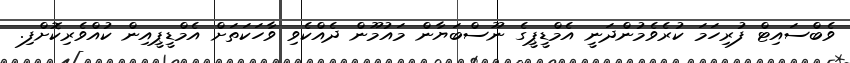
ވެބްސައިޓް ފުރިހަމަ ކުރެވެމުންދަނީ އެމްޑީޕީގެ ނޫސްބަޔާން މައުމޫން ދެއްކެވި ވާހަކަތަށް އެމްޑީޕީއިން ކުއްވެރިކޮށްފި.